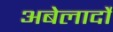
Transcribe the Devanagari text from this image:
अबेलार्दो